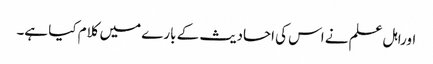
اوراہل علم نے اس کی احادیث کے بارے میں کلام کیا ہے۔